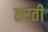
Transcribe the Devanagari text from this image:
तरती